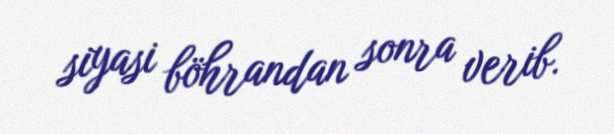
siyasi böhrandan sonra verib.